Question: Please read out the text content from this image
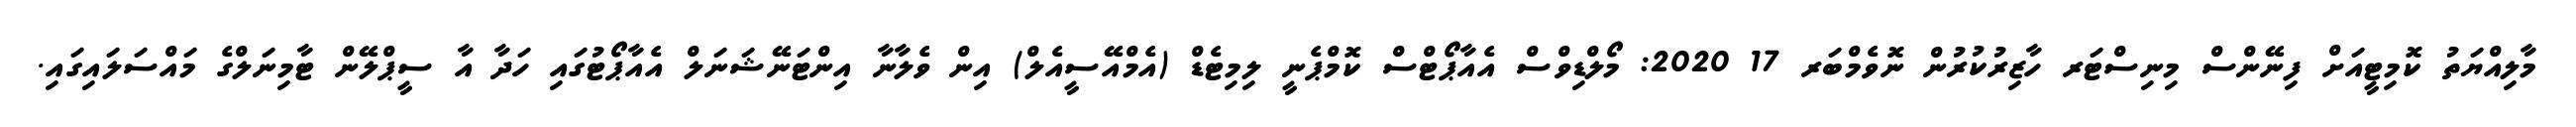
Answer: މާލިއްޔަތު ކޮމިޓީއަށް ފިނޭންސް މިނިސްޓަރ ހާޒިރުކުރުން ނޮވެމްބަރ 17 2020: މޯލްޑިވްސް އެއާޕޯޓްސް ކޮމްޕެނީ ލިމިޓެޑް (އެމްއޭސީއެލް) އިން ވެލާނާ އިންޓަނޭޝަނަލް އެއާޕޯޓުގައި ހަދާ އާ ސީޕްލޭން ޓާމިނަލްގެ މައްސަލައިގައި.